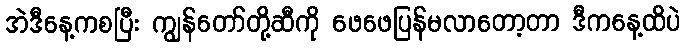
အဲဒီနေ့ကစပြီး ကျွန်တော်တို့ဆီကို ဖေဖေပြန်မလာတော့တာ ဒီကနေ့ထိပဲ